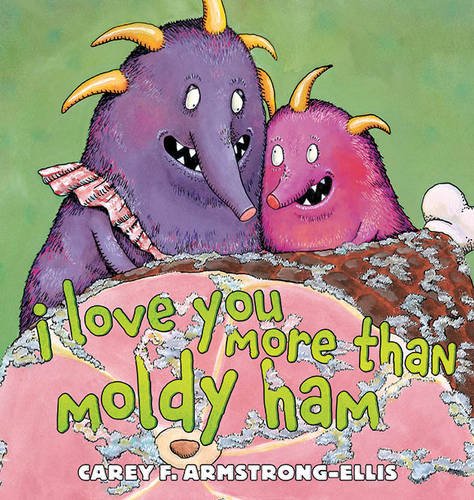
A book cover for I Love You More Than Moldy Ham; Carey F. Armstrong-Ellis; Children's Books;